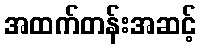
အထက်တန်းအဆင့်